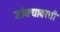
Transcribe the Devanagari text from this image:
डोक्यावरती